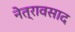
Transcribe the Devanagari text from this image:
नेत्रावसाद